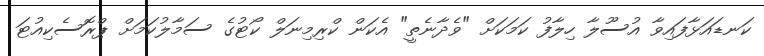
ކަނޑައަޅާފައިވާ އުސޫލާ ހިލާފު ކަމަކަށް "ވެދާނެތީ" އެކަން ކްރިމިނަލް ކޯޓުގެ ސަމާލުކަމަށް ޕްރޮސެކިއުޓަ